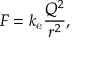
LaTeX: F = k _ { \mathrm { e } } { \frac { Q ^ { 2 } } { r ^ { 2 } } } ,